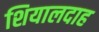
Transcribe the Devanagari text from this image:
शियालदाह